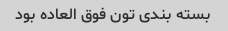
بسته بندی تون فوق العاده بود